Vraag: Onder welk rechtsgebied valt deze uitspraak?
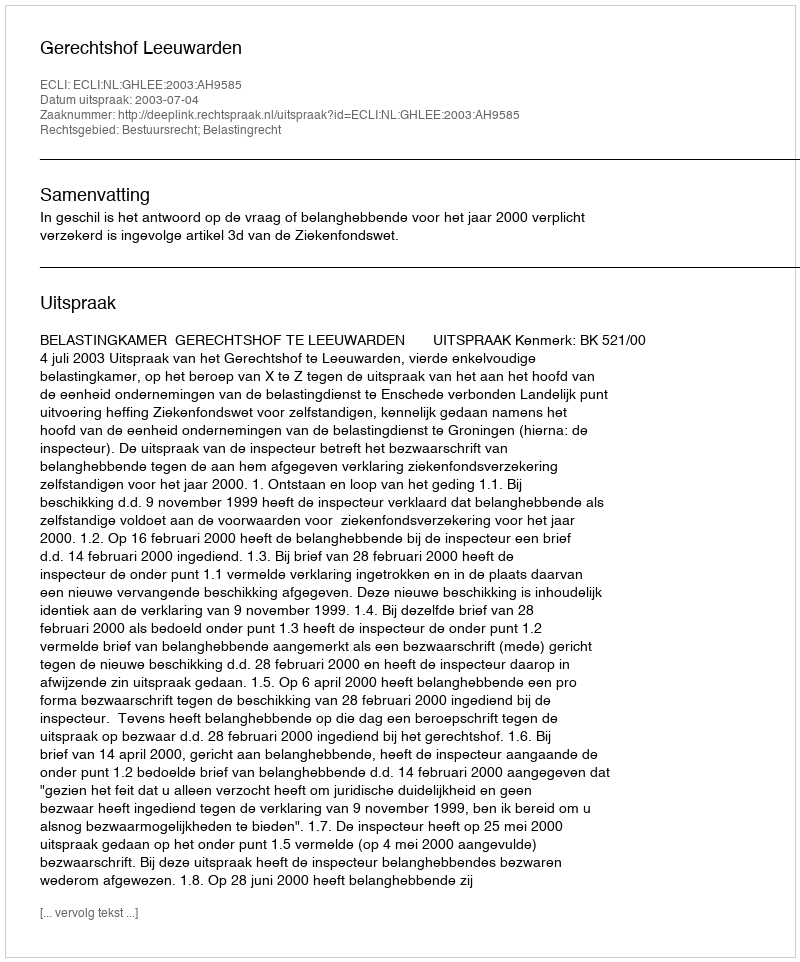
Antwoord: Bestuursrecht; Belastingrecht